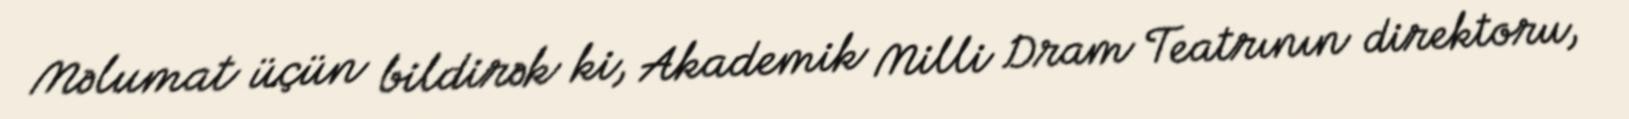
Məlumat üçün bildirək ki, Akademik Milli Dram Teatrının direktoru,